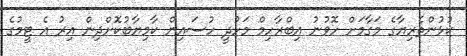
ކުޅުންތެރިޔާގެ މަގާމަށް ހޮވުނު އިބްރާހިމް މަހުދީ ހުސައިން ކާމިޔާބުކޮށްދިން އިރު އެ ޓީމުގެ